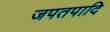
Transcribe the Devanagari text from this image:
जपतपादि